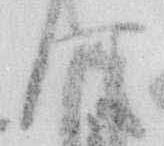
は